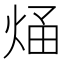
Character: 𭴶